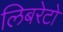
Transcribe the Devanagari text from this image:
लिबरेटो